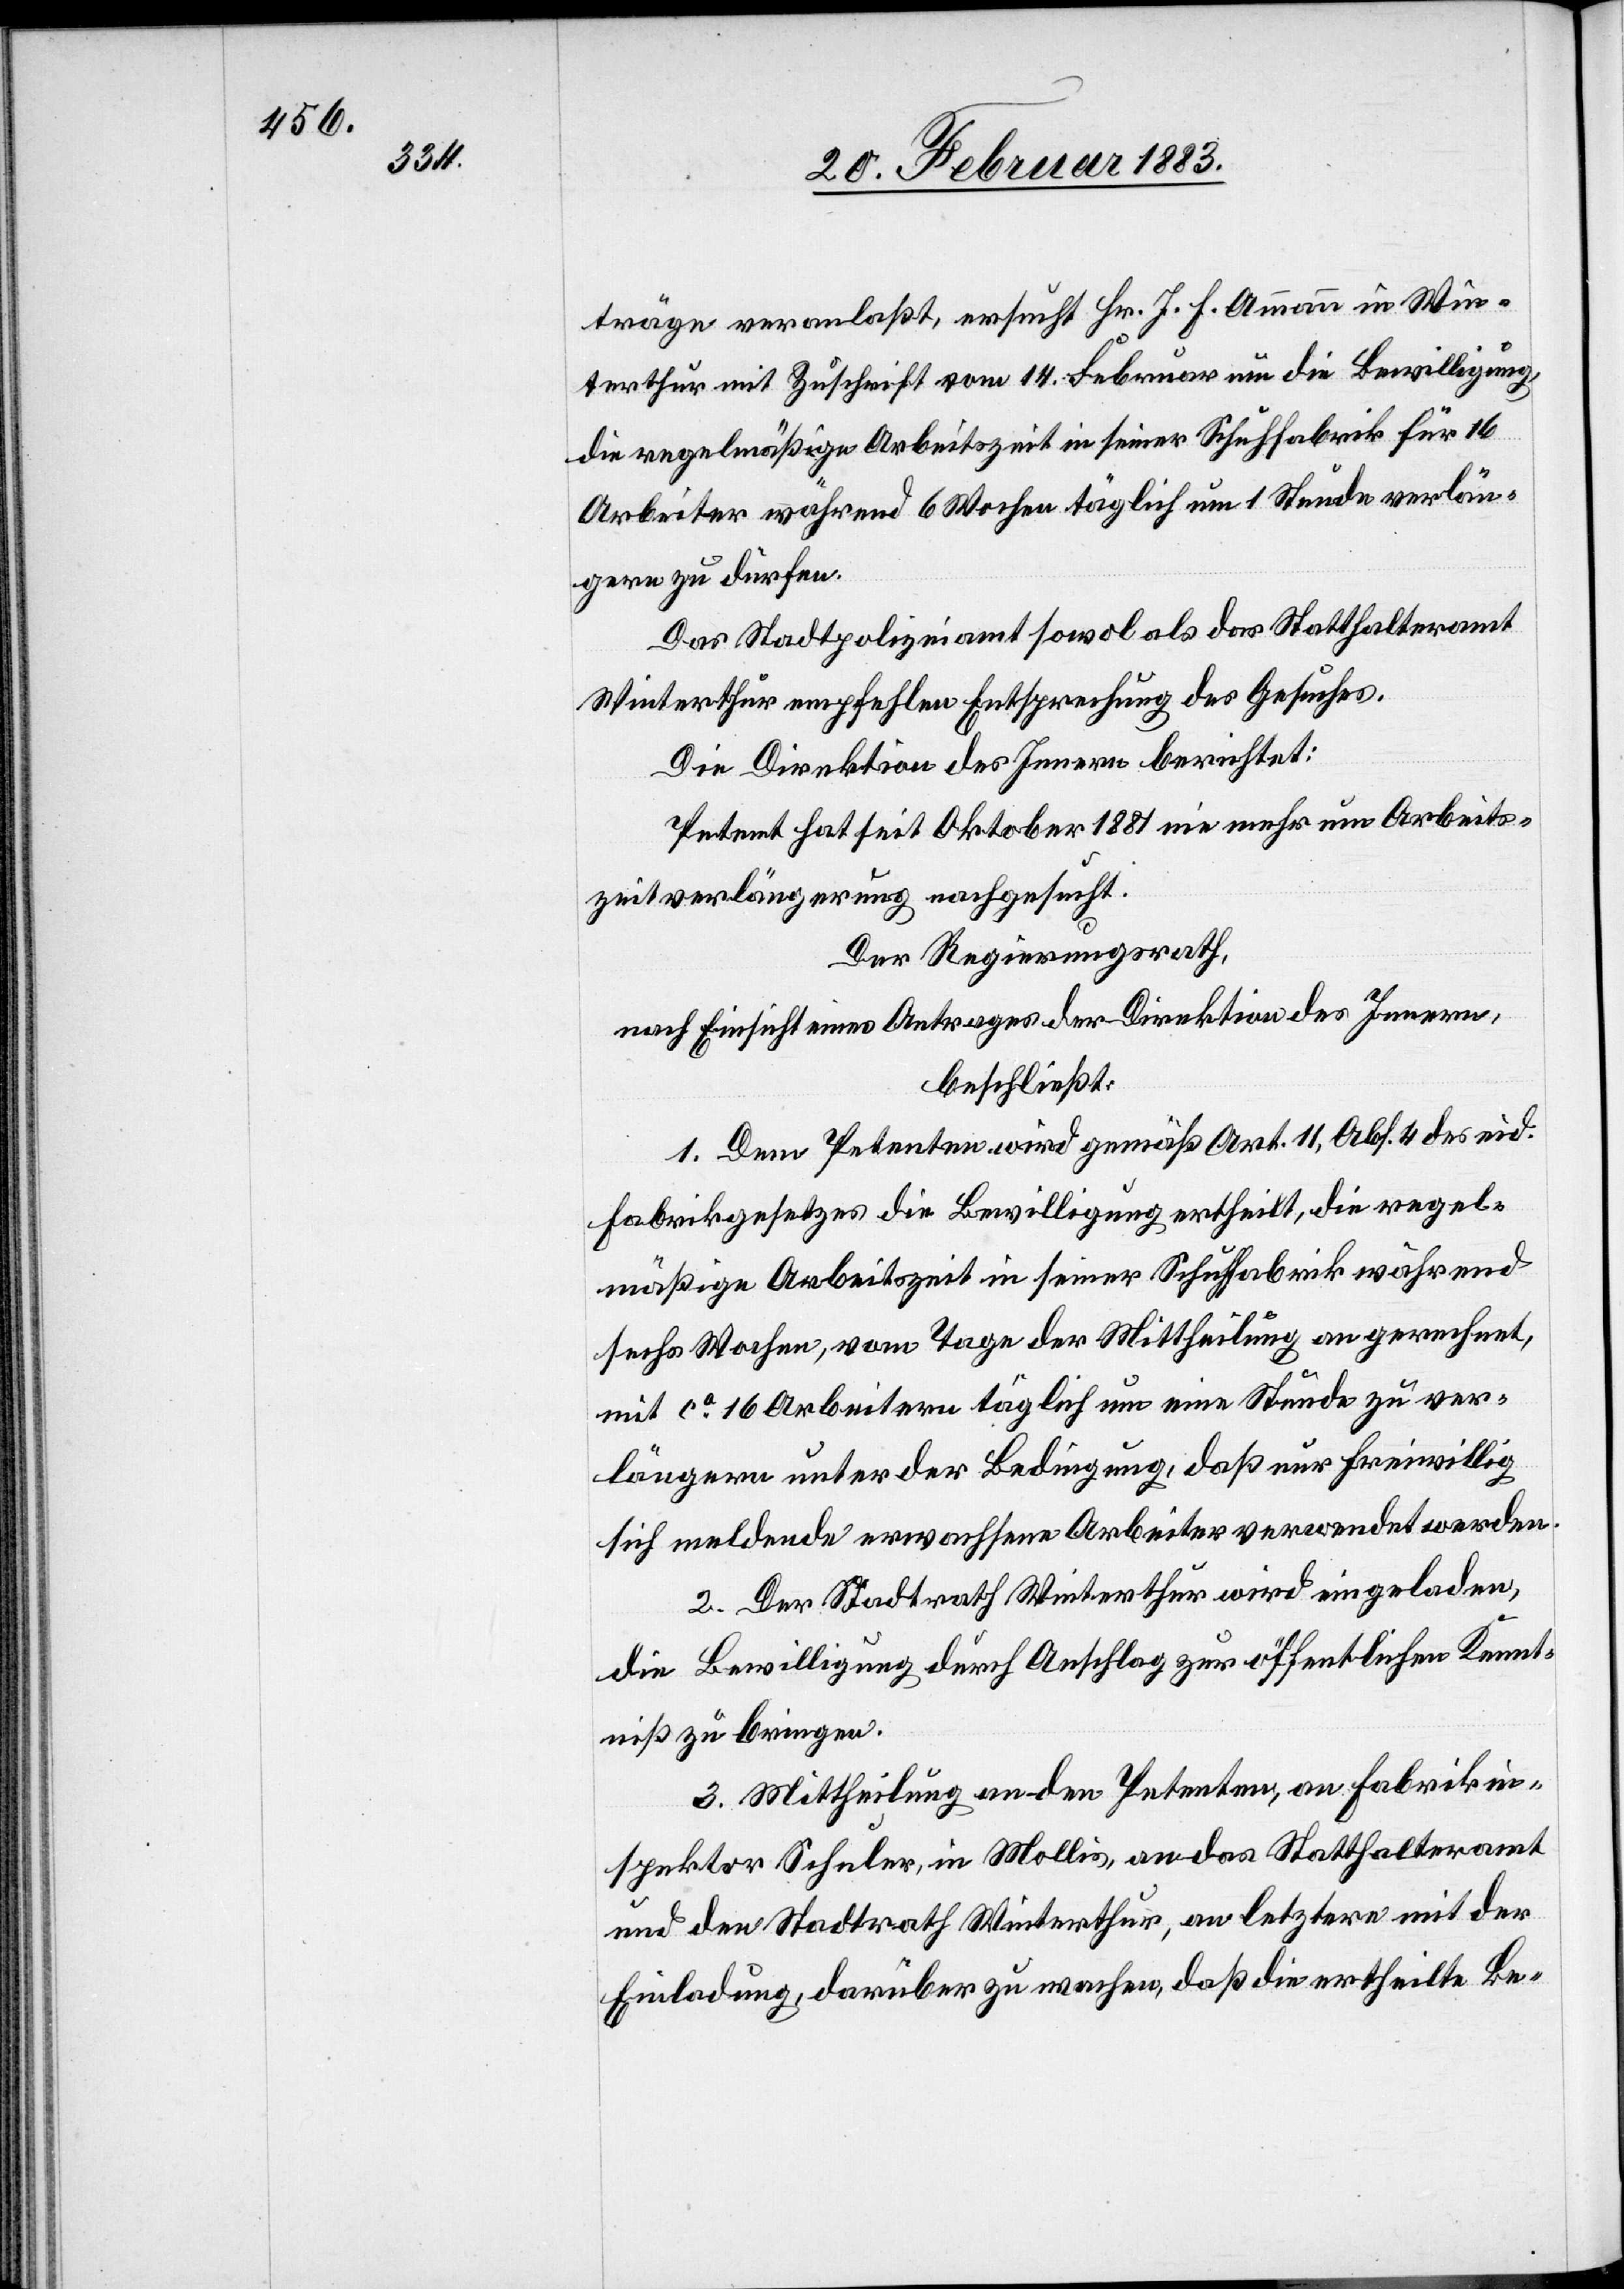
träge veranlaßt, ersucht Hr. J. H. Ammann in Win¬
terthur mit Zuschrift vom 14. Februar um die Bewilligung,
die regelmäßige Arbeitszeit in seiner Schuhfabrik für 16
Arbeiter während 6 Wochen täglich um 1 Stunde verlän¬
gern zu dürfen.
Das Stadtpolizeiamt sowol als das Statthalteramt
Winterthur empfehlen Entsprechung des Gesuches.
Die Direktion des Innern berichtet:
Petent hat seit Oktober 1881 nie mehr um Arbeits¬
zeitverlängerung nachgesucht.
Der Regierungsrath,
nach Einsicht eines Antrages der Direktion des Innern,
beschließt:
1. Dem Petenten wird gemäß Art. 11, Abs. 4 des eid.
Fabrikgesetzes die Bewilligung ertheilt, die regel¬
mäßige Arbeitszeit in seiner Schuhfabrik während
sechs Wochen, vom Tage der Mittheilung an gerechnet,
mit ca 16 Arbeitern täglich um eine Stunde zu ver¬
längern unter der Bedingung, daß nur freiwillig
sich meldende erwachsene Arbeiter verwendet werden.
2. Der Stadtrath Winterthur wird eingeladen,
die Bewilligung durch Anschlag zur öffentlichen Kennt¬
niß zu bringen.
3. Mittheilung an den Petenten, an Fabrikin¬
spektor Schuler, in Mollis, an das Statthalteramt
und den Stadtrath Winterthur, an letztere mit der
Einladung, darüber zu wachen, daß die ertheilte Be-